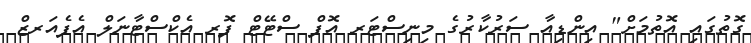
ގޮތުގައި އޮތުމަށް" އިންޑިއާ ސަރުކާރުގެ މިނިސްޓަރ އޮފް ސްޓޭޓް ފޮރ އެކްސްޓާނަލް އެފެއަރޒް